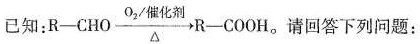
已知： R—CHO\xrightarrow[△]{O_{2} 催化剂} R—COOH。请回答下列问题：